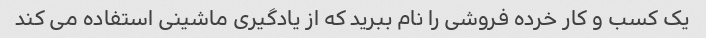
یک کسب و کار خرده فروشی را نام ببرید که از یادگیری ماشینی استفاده می کند